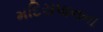
મદિરાપાનના